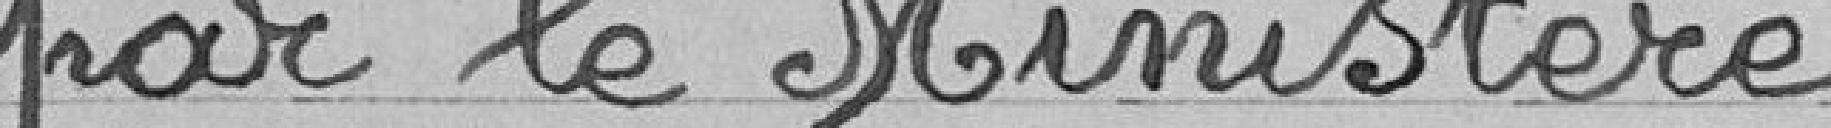
par le Ministère